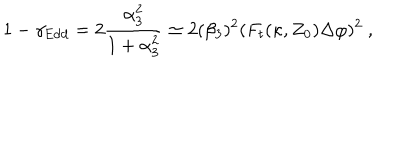
1 - \gamma _ { \mathrm { E d d } } = 2 { \frac { \alpha _ { 3 } ^ { 2 } } { 1 + \alpha _ { 3 } ^ { 2 } } } \simeq 2 ( \beta _ { 3 } ) ^ { 2 } ( F _ { t } ( \kappa , Z _ { 0 } ) \Delta \varphi ) ^ { 2 } \ ,